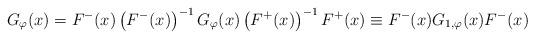
LaTeX: \begin{align*}G_{\varphi}(x) = F^{-}(x) \left(F^{-}(x)\right)^{-1} G_{\varphi}(x) \left(F^{+}(x)\right)^{-1}F^{+}(x) \equiv F^{-}(x) G_{1, \varphi}(x) F^{-}(x)\end{align*}